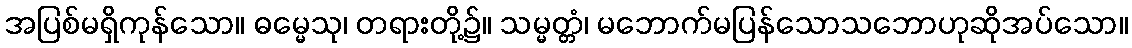
အပြစ်မရှိကုန်သော။ ဓမ္မေသု၊ တရားတို့၌။ သမ္မတ္တံ၊ မဘောက်မပြန်သောသဘောဟုဆိုအပ်သော။